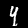
Label: 4